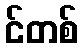
င်တစ်